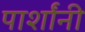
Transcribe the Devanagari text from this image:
पार्शांनी